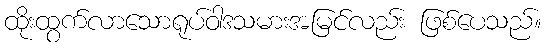
ထိုးထွက်လာသောရုပ်ဝါဒသမားအမြင်လည်း ဖြစ်ပေသည်။